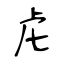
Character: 虍